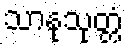
သာနုသုတ္တံ